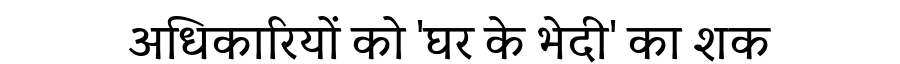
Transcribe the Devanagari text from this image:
अधिकारियों को 'घर के भेदी' का शक